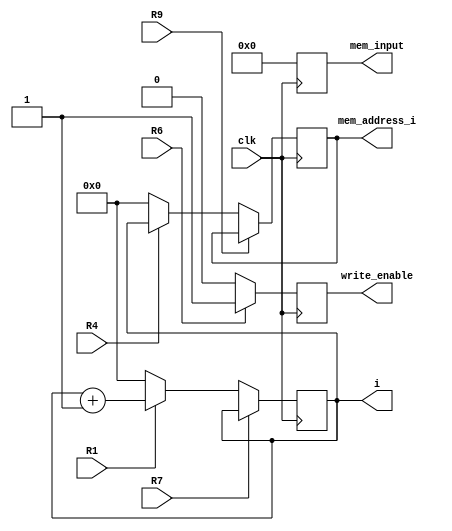
`timescale 1ns / 1ps
//////////////////////////////////////////////////////////////////////////////////
// Company: 
// Engineer: 
// 
// Design Name: 
// Module Name: reset_polyQ_DP
// Project Name: 
// Target Devices: 
// Tool Versions: 
// Description: 
// 
// Dependencies: 
// 
// Revision:
// Revision 0.01 - File Created
// Additional Comments:
// 
//////////////////////////////////////////////////////////////////////////////////


module reset_polyQ_DP(
    input clk,
    input R1, R4, R6, R7, R9,
    output reg[12:0]mem_input,
    output reg[10:0]mem_address_i,
    output reg[10:0]i,
    output reg write_enable   
    );
    
  wire [12:0] nextmem_input;
  wire [10:0] nextmem_addres_i;
  wire [10:0] nexti;
  wire nextwrite_enable;
    
    // Registro M
    always @(posedge clk)
        mem_input <= nextmem_input;
    // Parte combinacional de M
    assign nextmem_input = 0;
    
    // Registro A
    always @(posedge clk)
        i <= nexti;
    assign nexti = R7? R1 ? (i):i : R1 ? (i+11'b1):10'b0;
        
    always @(posedge clk)
        mem_address_i <= nextmem_addres_i;
    // Parte combinacional de RP
    assign nextmem_addres_i =R9? R4 ? (mem_address_i):(mem_address_i) : R4 ? (i):(0);
    
    always @(posedge clk)
        write_enable <= nextwrite_enable;
    // Parte combinacional de RP
    assign nextwrite_enable = R6 ? (1'b1):(1'b0);
  

endmodule